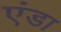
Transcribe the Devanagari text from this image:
एंडा